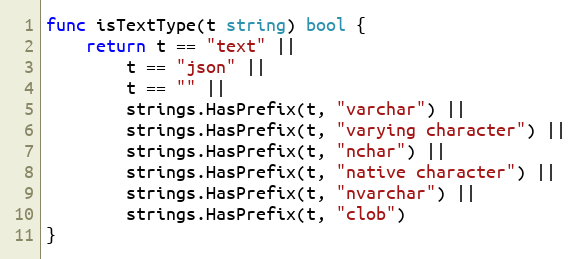
Language: Go
func isTextType(t string) bool {
	return t == "text" ||
		t == "json" ||
		t == "" ||
		strings.HasPrefix(t, "varchar") ||
		strings.HasPrefix(t, "varying character") ||
		strings.HasPrefix(t, "nchar") ||
		strings.HasPrefix(t, "native character") ||
		strings.HasPrefix(t, "nvarchar") ||
		strings.HasPrefix(t, "clob")
}